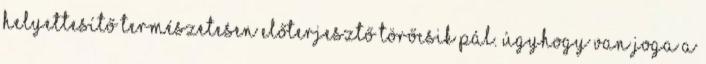
helyettesítő természetesen előterjesztő Törőcsik Pál. Úgyhogy van joga a